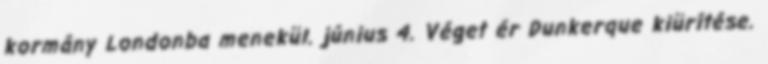
kormány Londonba menekül. június 4. Véget ér Dunkerque kiürítése.